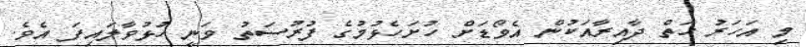
މި އަހަރު ހަތް ދާއިރާއަކުން އެވޯޑަށް ހުށަހެޅުމުގެ ފުރުސަތު ވަނީ ހުޅުވާލައިފަ އެވެ.